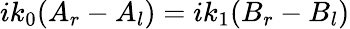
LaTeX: ik_{0}(A_{r}-A_{l})=ik_{1}(B_{r}-B_{l})